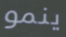
ينمو